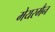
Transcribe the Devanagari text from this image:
मेयरमैन